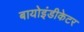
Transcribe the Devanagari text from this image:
बायोइंडीकेटर